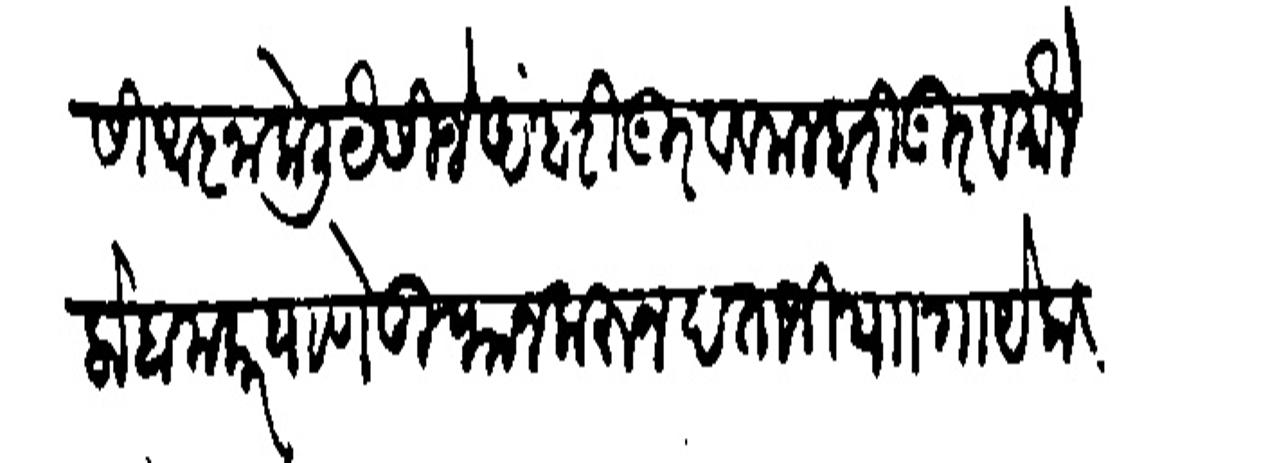
Transliteration (Devanagari): यासी आज्ञा केली येसीजे अंबरी गुरब व मल्हारी गुरव मौजे लोहामकर याणे तुफान करुन दत्ताजी पाा गायेकवाड